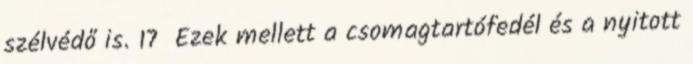
szélvédő is. 17 Ezek mellett a csomagtartófedél és a nyitott